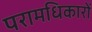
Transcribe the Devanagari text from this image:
परामधिकारों